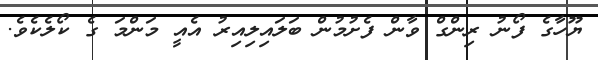
ޔޫހާގެ ފޯނު ރިންގް ވާން ފެށުމުން ބަލައިލިއިރު އެއީ މަންމަ ގެ ކޯލެކެވެ.